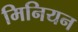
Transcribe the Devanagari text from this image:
मिनियन